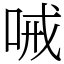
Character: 㖑